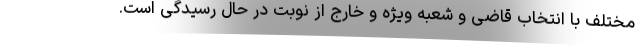
مختلف با انتخاب قاضی و شعبه ویژه و خارج از نوبت در حال رسیدگی است.